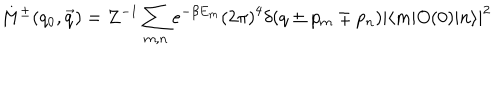
LaTeX: M ^ { \pm } ( q _ { 0 } , \vec { q } ) = Z ^ { - 1 } \sum _ { m , n } e ^ { - \beta E _ { m } } { ( 2 \pi ) } ^ { 4 } \delta ( q \pm p _ { m } \mp p _ { n } ) { | \langle m | O ( 0 ) | n \rangle | } ^ { 2 }